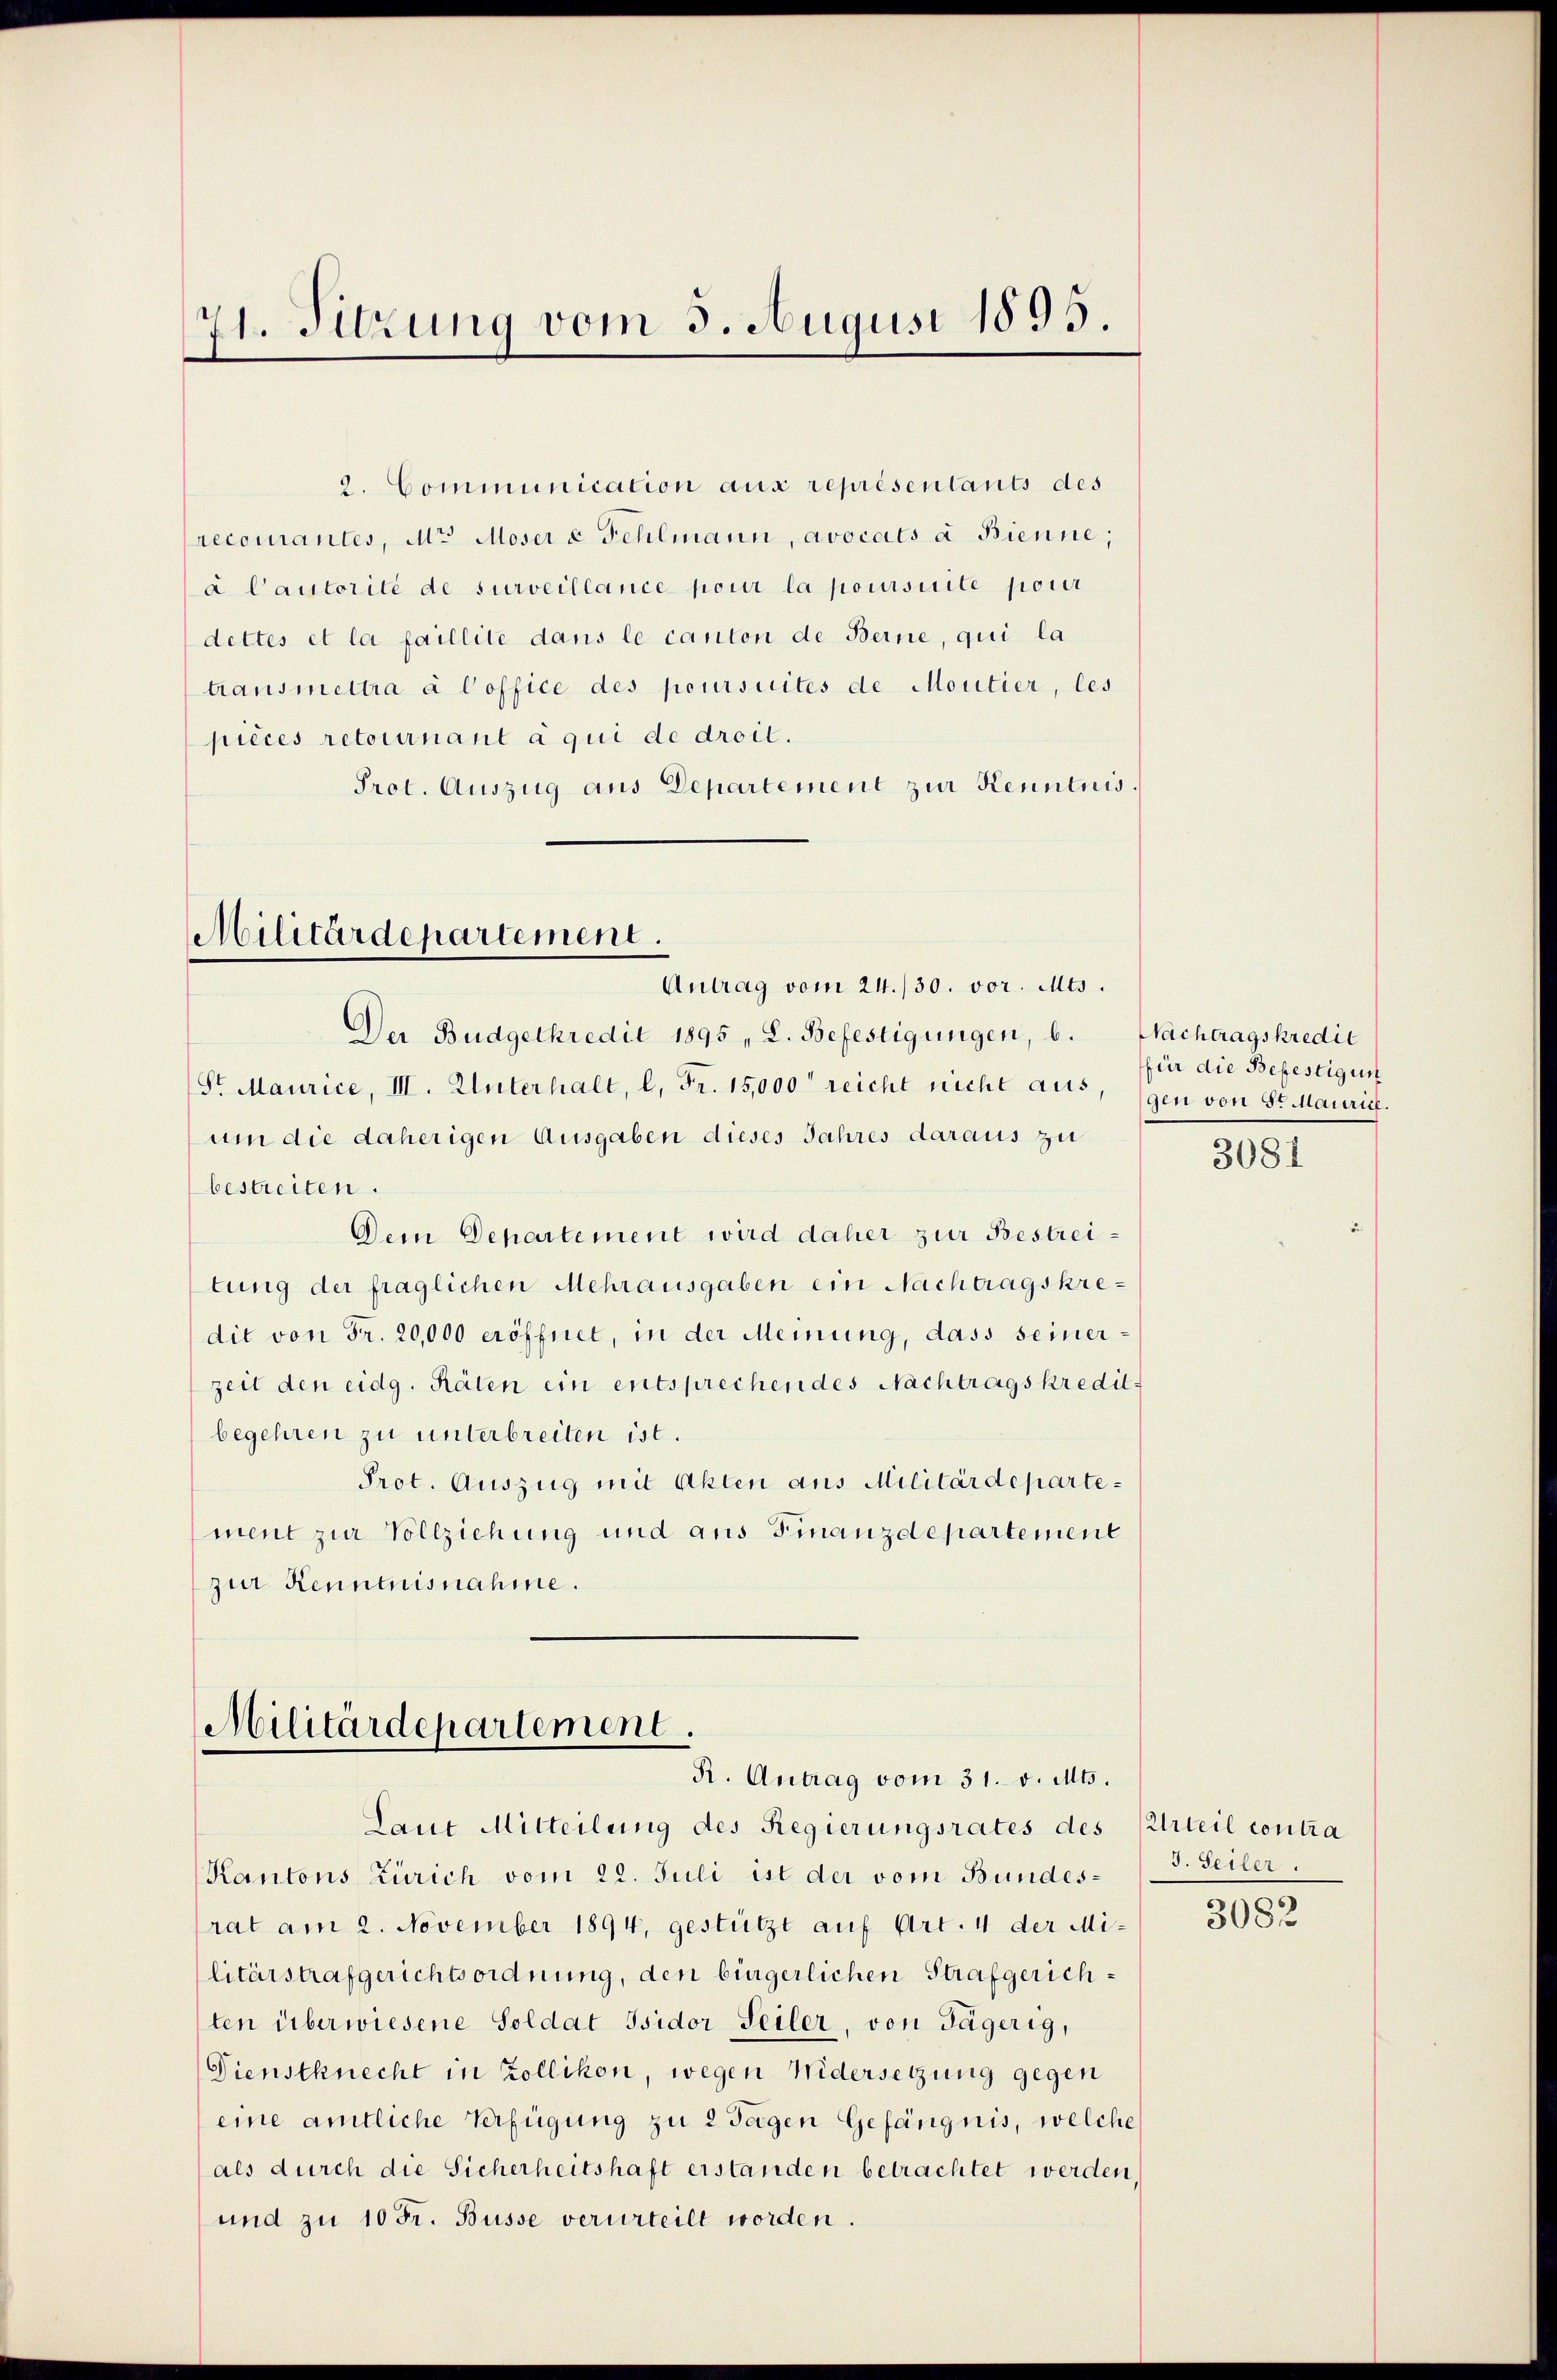
71. Sitzung vom 3. August 1895.

2. Communication aus représentants des
recourantes, Mr. Moser u Fehlmann, avocats à Bienne,
à Cautorité de surveillance pour la poursuite pour
dettes et la faillite dans le canton de Berne, qui la
transmettra à Coffice des poursuites de Moutier, les
pieces retournant à qui de droit.
Prot. Auszug aus Departement zur Kenntnis.

Militärdepartement.
Antrag vom 24./30. vor. Mts.

Der Budgetkredit 1895 , L. Befestigungen, b.
Sr Maurice, III. Unterhalt, l. Fr. 15,000 reicht nicht aus.
um die daherigen Ausgaben dieses Jahres daraus zu
bestreiten.
Dein Departement wird daher zur Bestreitung der fraglichen Mehrausgaben ein Nachtragskredit von Fr. 20,000 eröffnet, in der Meinung, dass seinerzeit den eidg. Räten ein entsprechendes Nachtragskredit-
begehren zu unterbreiten ist.
Prot. Auszug mit Akten aus Militärdepartement zur Vollziehung und aus Finanzdepartement
zur Kenntnisnahme.

Militärdepartement.
R. Antrag vom 31. v. Mts.

Laut Mitteilung des Regierungsrates des Urteil contra
Kantons Zürich vom 22. Juli ist der vom Bundesrat am 2. November 1894, gestützt auf Art. 4 der Militärstrafgerichtsordnung, den bürgerlichen Strafgerichten überwiesene Soldat Isidor Seiler, von Tägerig,
Dienstknecht in Zollikon, wegen Nidersetzung gegen
eine amtliche Verfügung zu 2 Tagen Gefängnis, welche
als durch die Sicherheitshaft erstanden betrachtet werden,
und zu 10 Fr. Büsse verurteilt worden.

Nachtragskredit
für die Befestigun
gen von Sr Maurich.

3081

J. Seiler.

3082